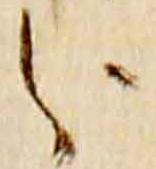
分